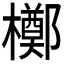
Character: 𬅈